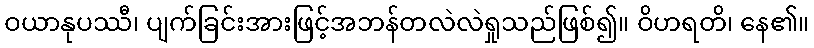
ဝယာနုပဿီ၊ ပျက်ခြင်းအားဖြင့်အဘန်တလဲလဲရှုသည်ဖြစ်၍။ ဝိဟရတိ၊ နေ၏။